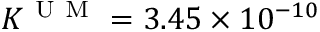
K ^ { \mathrm { ~ U ~ M ~ } } = 3 . 4 5 \times 1 0 ^ { - 1 0 }